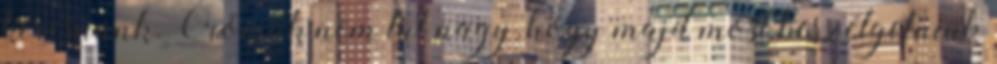
keresnünk. Örömük nem túl nagy, hogy majd most beszélgetniük